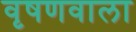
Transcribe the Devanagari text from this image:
वृषणवाला